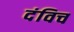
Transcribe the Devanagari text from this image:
दंविच